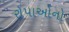
રોપાઓનો